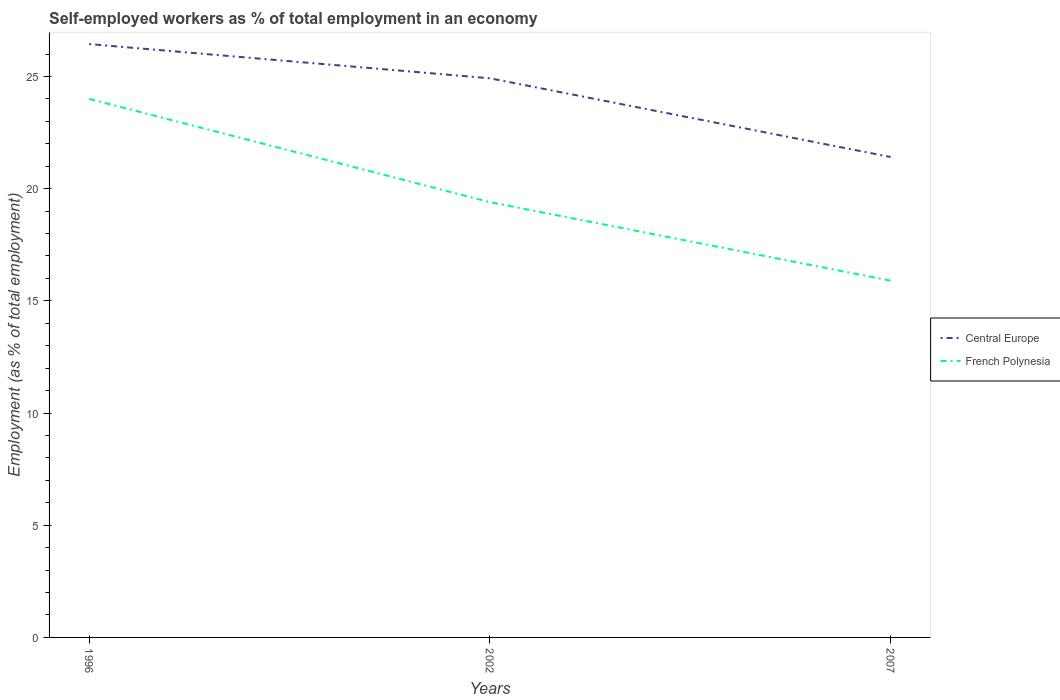
| Years | Central Europe | French Polynesia |
 | --- | --- | --- |
 | 1996 | 26.4 | 24 |
 | 2002 | 24.9 | 19.4 |
 | 2007 | 21.4 | 15.9 |